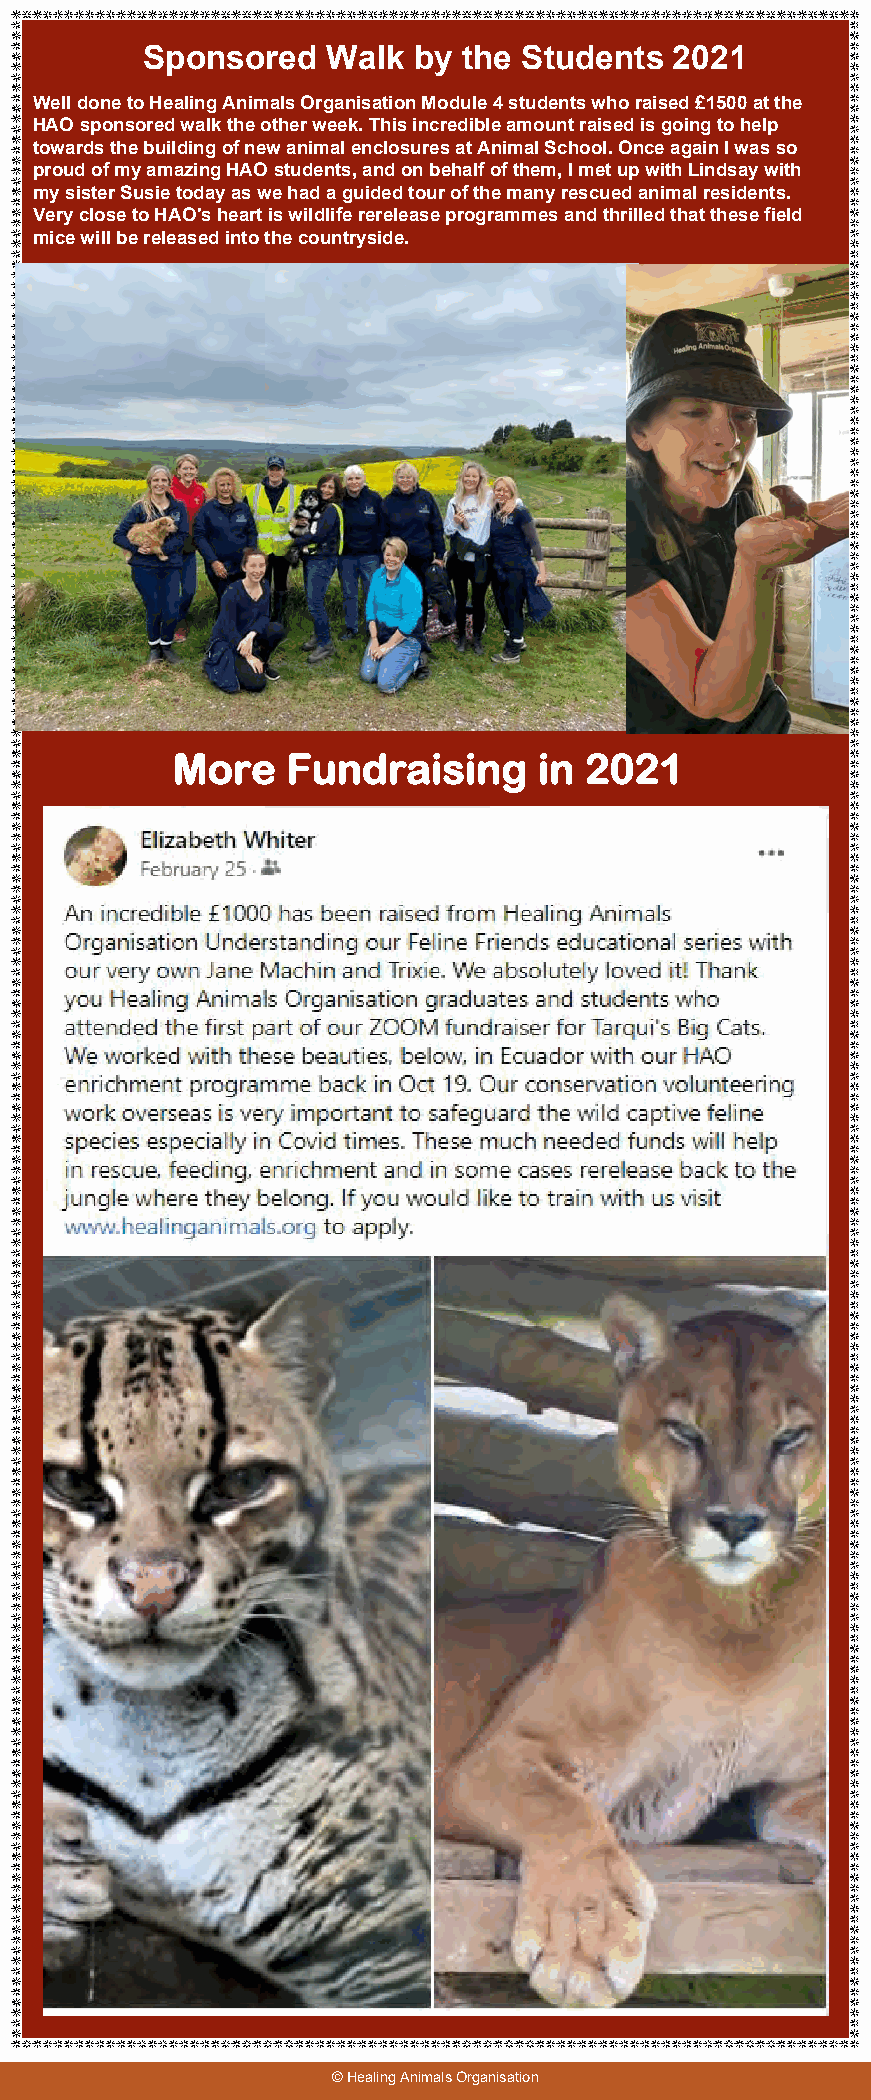
Sponsored    Walk by  the Students  2021
 Well done to Healing Animals Organisation Module 4 students who raised £1500 at the
 HAO sponsored walk the other week. This incredible amount raised is going to help
 towards the building of new animal enclosures at Animal School. Once again I was so
 proud of my amazing HAO students, and on behalf of them, I met up with Lindsay with
 my sister Susie today as we had a guided tour of the many rescued animal residents.
 Very close to HAO's heart is wildlife rerelease programmes and thrilled that these field
 mice will be released into the countryside.
 More    Fundraising      in 2021
 © Healing Animals Organisation